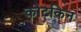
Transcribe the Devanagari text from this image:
कोटकिन